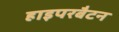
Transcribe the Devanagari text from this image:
हाइपरबैटन